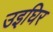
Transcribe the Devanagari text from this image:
उइघिर